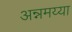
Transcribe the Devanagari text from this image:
अन्नमय्या